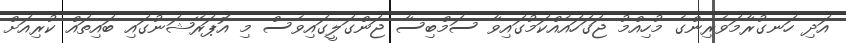
އަދި ހަނގުރާމަވެރިންގެ މުހިއްމު ޖަގަހައެއްކަމުގައިވާ ސަމްބިސާ ޖަންގަލީގައިވެސް މި އޮޕަރޭޝަނުގައި ބައިތައް ކުރިއަށް